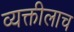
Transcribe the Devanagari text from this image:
व्यक्तीलाच